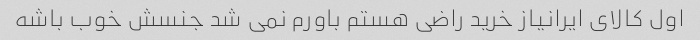
اول کالای ایرانیاز خرید راضی هستم باورم نمی شد جنسش خوب باشه